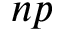
n p